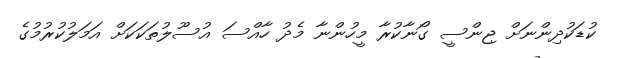
ކުޑަކުދިންނަށް ޖިންސީ ގޯނާކުރާ މީހުންނާ މެދު ހާއްސަ އުސޫލުތަކަކަށް އަމަލުކުރުމުގެ